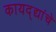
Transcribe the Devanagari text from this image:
कायद्द्यांचे